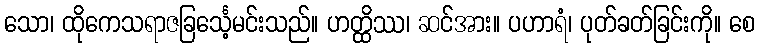
သော၊ ထိုကေသရာဇခြင်္သေ့မင်းသည်။ ဟတ္ထိဿ၊ ဆင်အား။ ပဟာရံ၊ ပုတ်ခတ်ခြင်းကို။ စေ